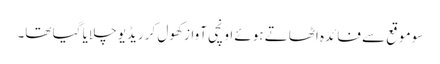
سو موقع سے فائدہ اٹھاتے ہوئے اونچی آواز کھول کر ریڈیو چلایا گیا تھا۔